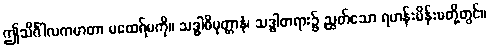
ဤသိင်္ဂါလကမာတာ မထေရ်မကို။ သဒ္ဓါဓိမုတ္တာနံ၊ သဒ္ဓါတရား၌ ညွတ်သော ရဟန်းမိန်းမတို့တွင်။